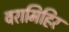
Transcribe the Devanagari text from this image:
वरामिहिर